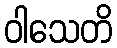
ဝါသေတိ